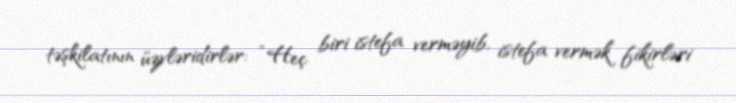
təşkilatının üzvləridirlər: “Heç biri istefa verməyib, istefa vermək fikirləri